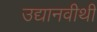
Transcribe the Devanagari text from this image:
उद्यानवीथी